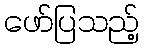
ဖော်ပြသည့်